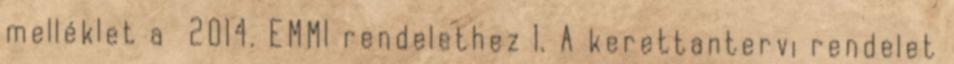
melléklet a 2014. EMMI rendelethez 1. A kerettantervi rendelet